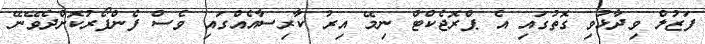
ފަޒުލް ވިދާޅުވި ގޮތުގައި އެ ޕްރޮޖެކްޓް ނިމޭ އިރު ކާރިސާއެއްގައި ވެސް ފެންފޯރުކޮށްދެވޭނޭ